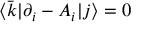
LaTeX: \langle { \bar { k } } | \partial _ { i } - A _ { i } | j \rangle = 0